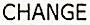
CHANGE